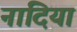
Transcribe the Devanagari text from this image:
नांदिया